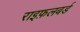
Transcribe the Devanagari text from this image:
राइफ़लबर्ड